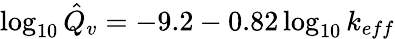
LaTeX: \log_{10}{\hat{Q}_{v}}=-9.2-0.82\log_{10}{k_{eff}}